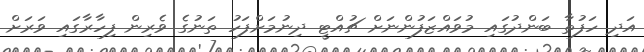
އަދި ހަފުތާ ބަންދުގައި މުވައްޒަފުންނަށް ޗުއްޓީ ދިނުމަށްފަހު ތަނުގެ ވެރިން ފިހާރާގައި ވަރަށް